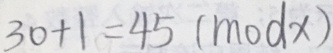
3 0 + 1 = 4 5 ( m o d x )